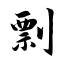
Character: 剽